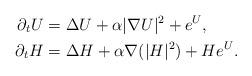
LaTeX: \begin{align*}\partial_t U &= \Delta U + \alpha |\nabla U|^2 + e^U,\\\partial_t H &= \Delta H + \alpha \nabla (|H|^2) + He^U .\end{align*}